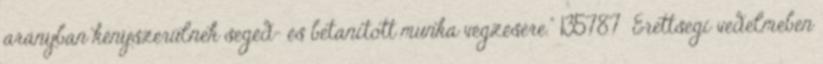
arányban kényszerülnek segéd- és betanított munka végzésére.” 135787 Erettsegi vedelmeben